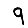
Digit: 9